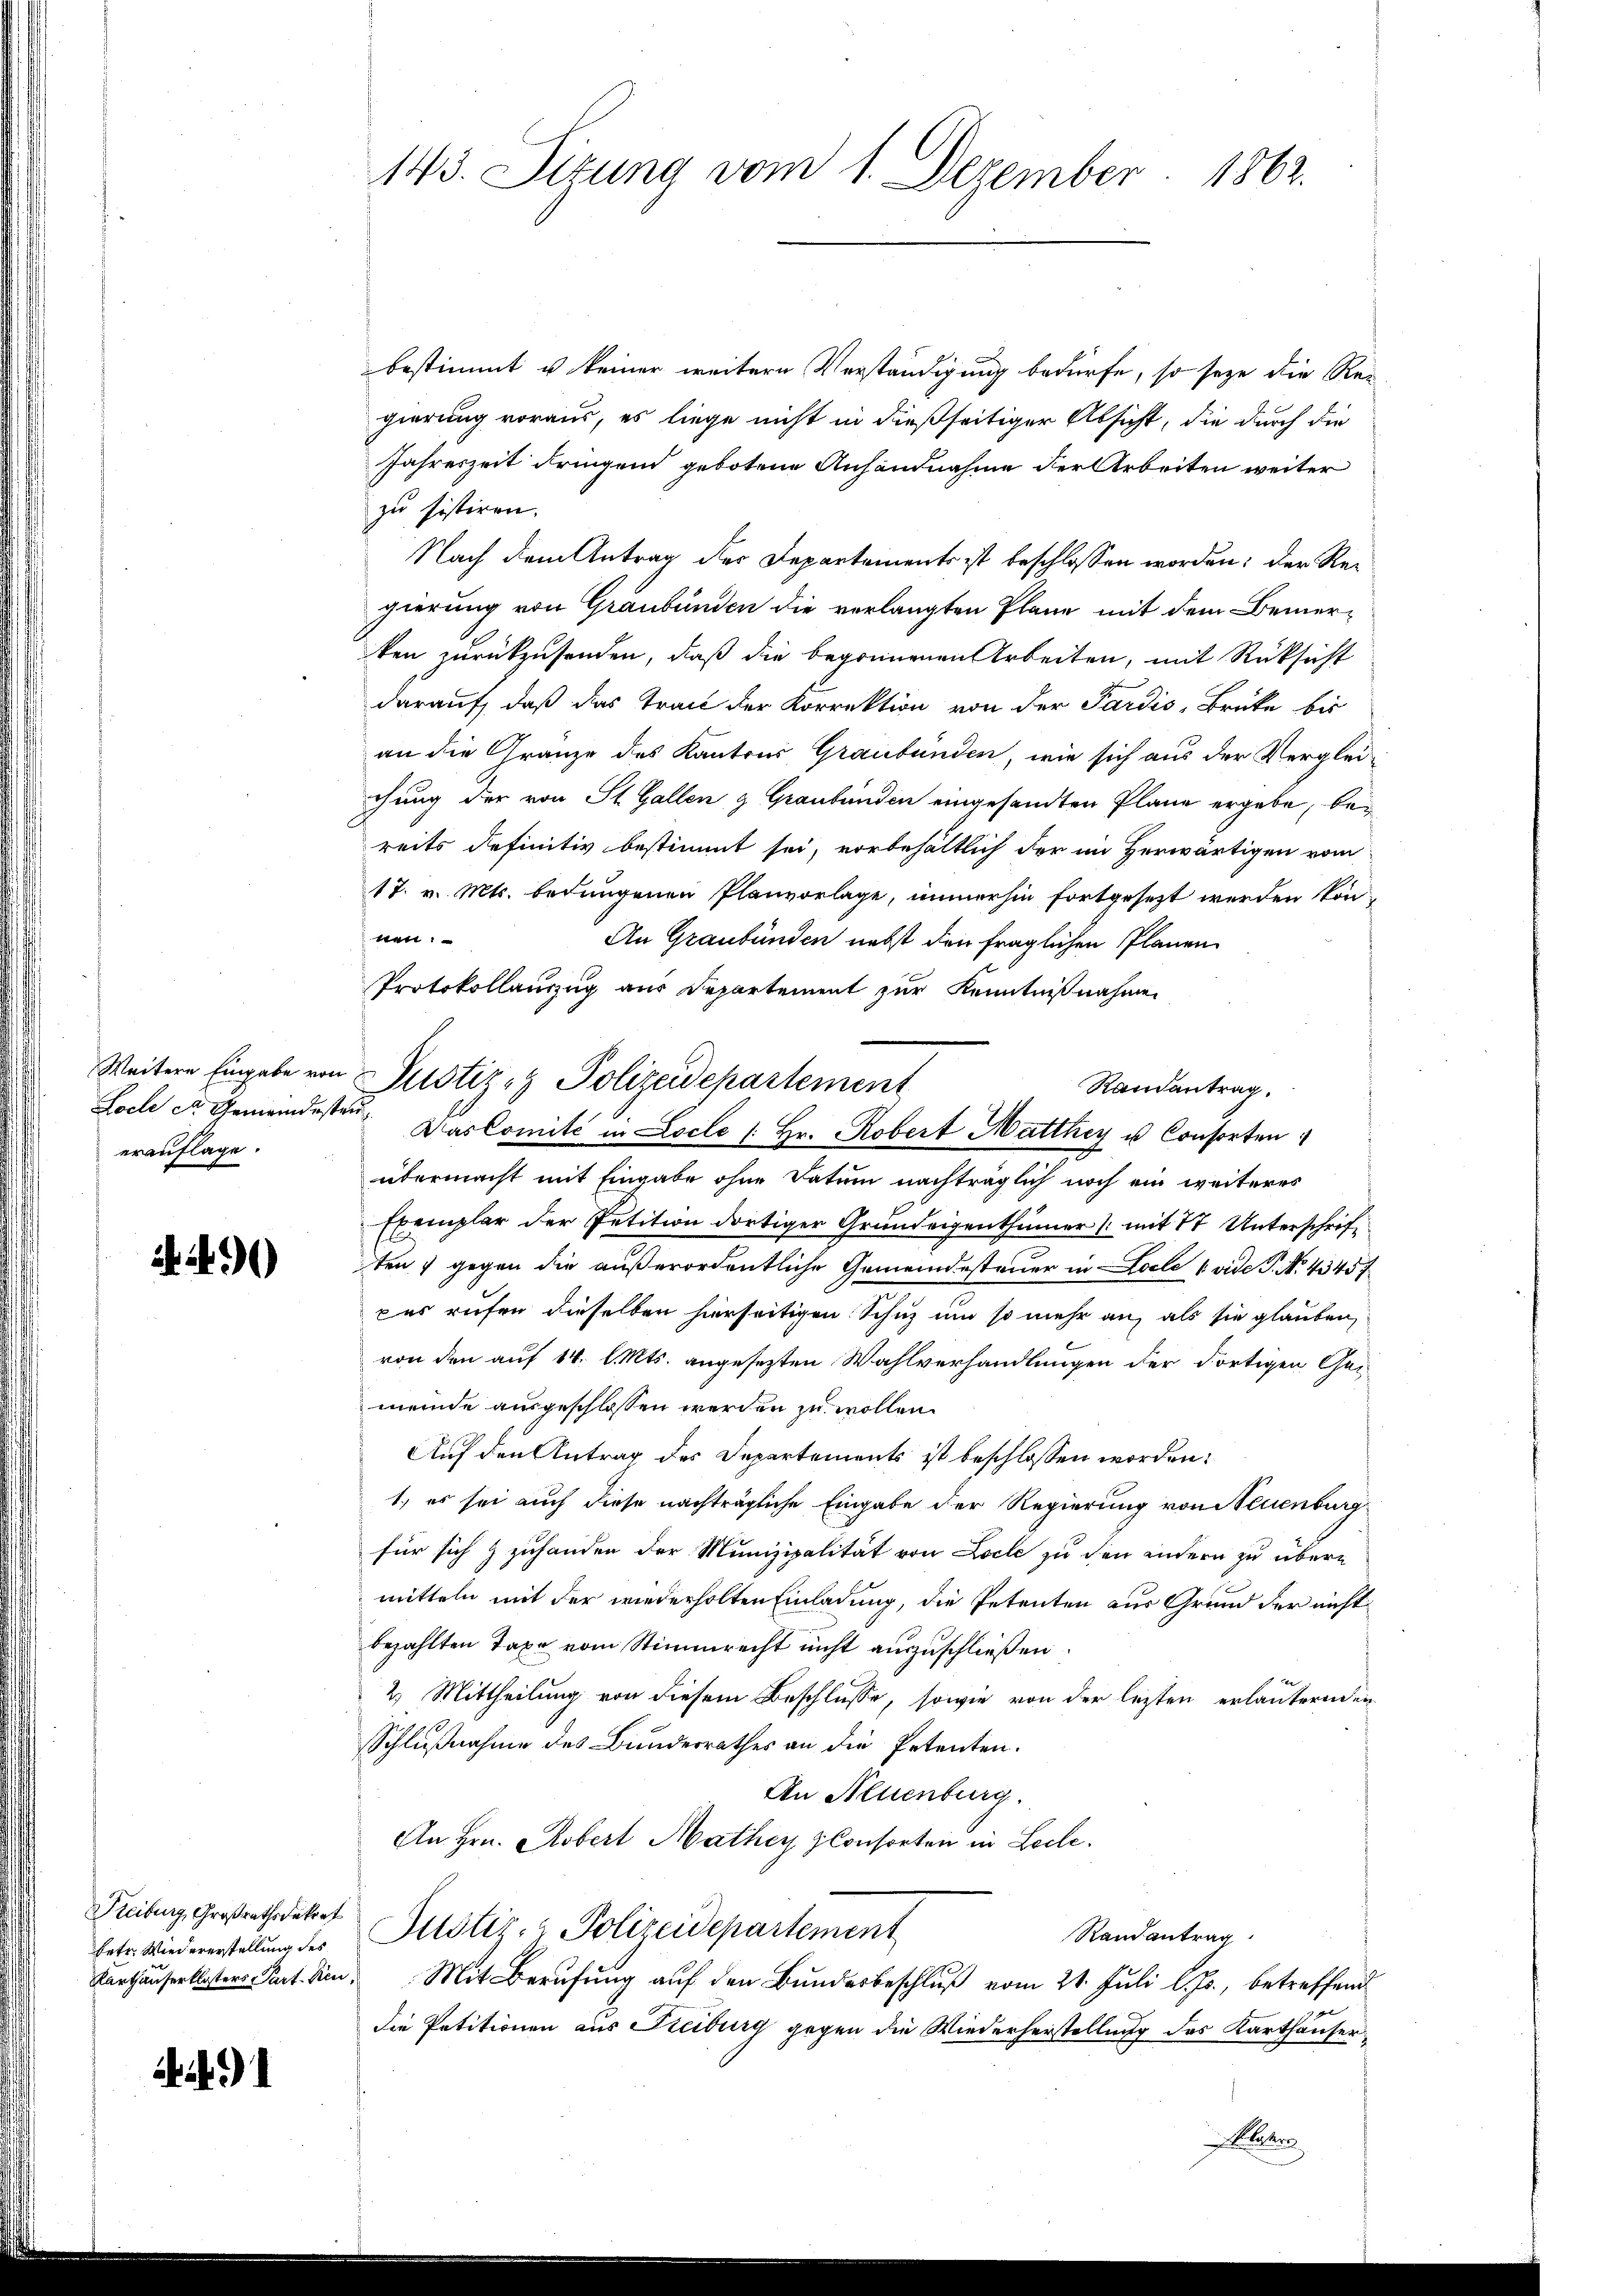
erauflage.
 29

Freiburg, Großrathsdekret
betr. Wiedererstellung des
Parthauserklosters Part. Neu¬

i 91

143. Sizung vom 1. Dezember 1862.

bestimmt u. keiner weitere Verständigung bedürfe, so seye die Re-
gierung voraus, es liege nicht in dießseitiger Absicht, die durch die
Jahreszeit dringend gebotene Anhandnahme der Arbeiten weiter
zu sistiren.
Nach dem Antrag der Departements ist beschlossen worden; der Regierung von Graubünden die verlangten Plane mit dem Bemerken zurückzusenden, daß die begonnenen Arbeiten, mit Rücksicht
darauf, daß das Tract der Korrektion von der Pardis-Brüke bis
an die Gränze des Kantons Graubünden, wie sich aus der Vergleichung der von St. Gallen & Graubünden eingesandten Plane ergebe, bei
reits definitiv bestimmt sei, vorbehältlich der im Herwärtigen vom
17. v. Mts. bedungenen Planvorlage, immerhin fortgesezt werden können:
An Graubünden nebst den fraglichen Planen
Protokollauszug aus Departement zur Kenntnißnahme
Weiteren Eingabe von Pustiz- & Polizeidepartement
Randantrag.
Loch St. Gemeindesten. Das Comité in Locle / Hr. Robert Matthiy u Consorten
übermacht mit Eingabe ohne Datum nachträglich noch ein weiteres
Exemplar der Petition dortiger Grundeigenthümer (mit 1t Unterschrift
ten gegen die außerordentliche Gemeindesteuer in Locle (vide P. N. 43457
pes rufen dieselben hierseitigen Schuz um so mehr an, als sie glauben,
von den auf 14. l. Mts. angesezten Wahlverhandlungen der dortigen Geimeinde ausgeschlossen werden zu wollen.
Auf den Antrag des Departements ist beschlossen worden:
1.) es sei auch diese nachträgliche Eingabe der Regierung von Neuenburg
für sich & zuhanden der Munizipalität von Locle zu den andern zu übere
mitteln mit der wiederholten Einladung, die Petenten aus Grund der nicht
bezahlten Taxe vom Stimmrecht nicht auszuschließen.
2.) Mittheilung von diesem Beschlusse, sowie von der letzten erläuternden
Schlußnahme des Bundesrathes an die Petenten.
An Neuenburg.
An Hrn. Robert Mathey plonsorten in Leele.
Justiz- & Polizeidepartement
Randantrag
Mit Berufung auf den Bundesbeschluß vom 21. Juli l. Js., betreffend
die Petitionen aus Kreiburg gegen die Wiederherstellung des Karthauserlcher